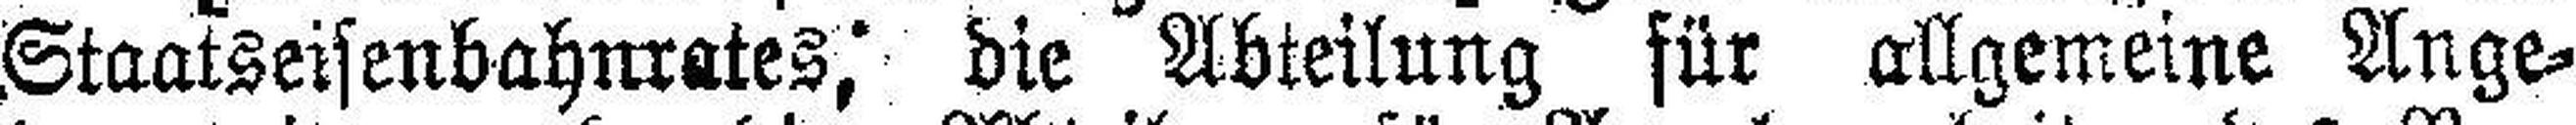
Staatseisenbahnrates; die Abteilung für allgemeine Ange¬